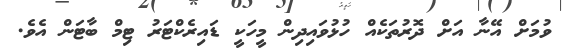
ވުމަށް އޭނާ އަށް ދޮރުތަކެއް ހުޅުވައިދިން މީހަކީ ޑައިރެކްޓަރު ޓިމް ބާޓަން އެވެ.